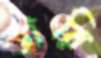
তারি